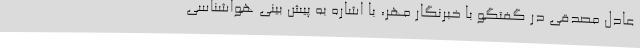
عادل مصدقی در گفتگو با خبرنگار مهر، با اشاره به پیش بینی هواشناسی